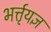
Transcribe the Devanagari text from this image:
भर्त्तृयज्ञ